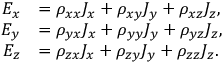
{ \begin{array} { r l } { E _ { x } } & { = \rho _ { x x } J _ { x } + \rho _ { x y } J _ { y } + \rho _ { x z } J _ { z } , } \\ { E _ { y } } & { = \rho _ { y x } J _ { x } + \rho _ { y y } J _ { y } + \rho _ { y z } J _ { z } , } \\ { E _ { z } } & { = \rho _ { z x } J _ { x } + \rho _ { z y } J _ { y } + \rho _ { z z } J _ { z } . } \end{array} }